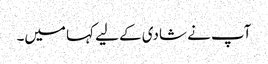
آپ نے شادی کے لیے کہا میں۔